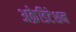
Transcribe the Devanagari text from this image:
अक्रेडिटेशन